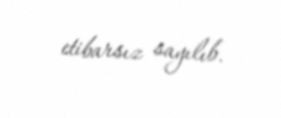
etibarsız sayılıb.